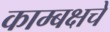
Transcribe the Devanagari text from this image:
काम्बक्षचे